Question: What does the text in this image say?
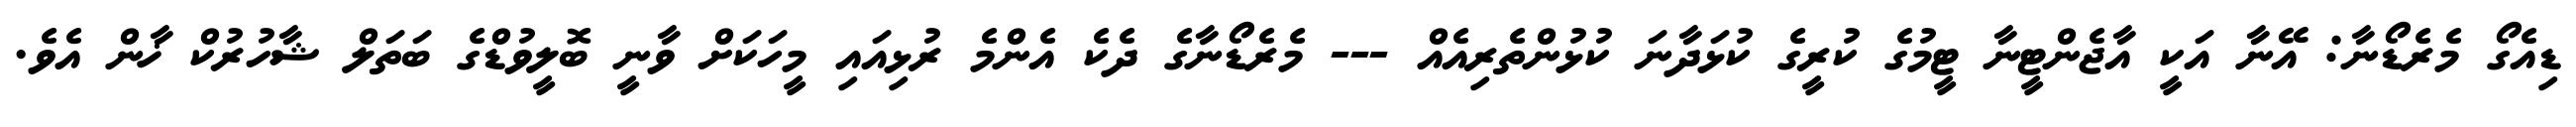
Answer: ޑިއެގޯ މެރެޑޯނާ: އޭނާ އަކީ އާޖެންޓީނާ ޓީމުގެ ކުރީގެ ކުޅަދާނަ ކުޅުންތެރިއެއް --- މެރެޑޯނާގެ ދެކެ އެންމެ ރުޅިއައި މީހަކަށް ވާނީ ބޮލީވުޑްގެ ބަތަލް ޝާހުރުކް ޚާން އެވެ.